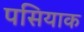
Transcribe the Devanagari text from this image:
पसियाक